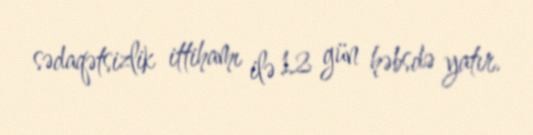
sədaqətsizlik ittihamı ilə 12 gün həbsdə yatır.